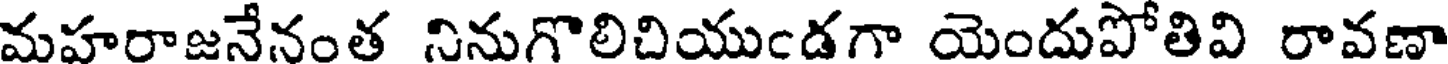
మహరాజనేనంత నినుగొలిచియుండగా యెందుపోతివి రావణా